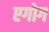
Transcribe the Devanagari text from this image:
एगोग